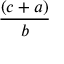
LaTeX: \frac { ( c + a ) } { b }